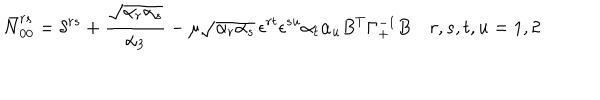
\bar { N } _ { 0 0 } ^ { r s } = \delta ^ { r s } + { \frac { \sqrt { \alpha _ { r } \alpha _ { s } } } { \alpha _ { 3 } } } - \mu \sqrt { \alpha _ { r } \alpha _ { s } } \, \epsilon ^ { r t } \epsilon ^ { s u } \alpha _ { t } \alpha _ { u } B ^ { T } \Gamma _ { + } ^ { - 1 } B \quad r , s , t , u = 1 , 2